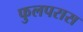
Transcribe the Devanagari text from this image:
फुलपरास